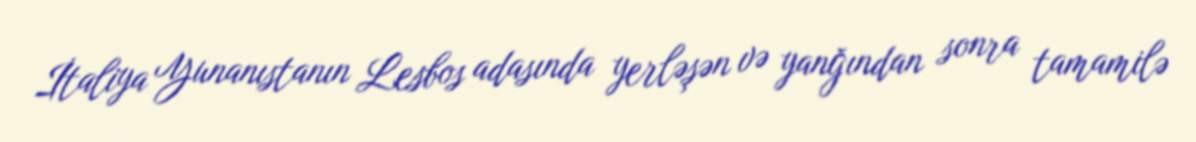
İtaliya Yunanıstanın Lesbos adasında yerləşən və yanğından sonra tamamilə